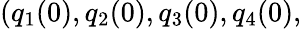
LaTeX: (q_{1}(0),q_{2}(0),q_{3}(0),q_{4}(0),